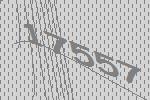
17557